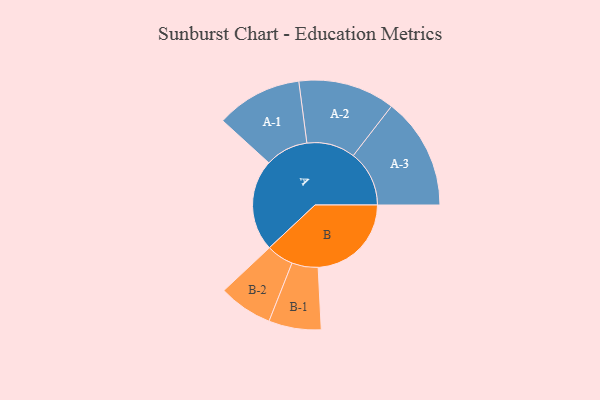
{"axis": {"x": "Segment", "y": "Value"}, "legend": ["", "A", "B"], "data": [{"x": "A", "y": 437, "type": ""}, {"x": "B", "y": 445, "type": ""}, {"x": "A-1", "y": 205, "type": "A"}, {"x": "A-2", "y": 231, "type": "A"}, {"x": "A-3", "y": 267, "type": "A"}, {"x": "B-1", "y": 125, "type": "B"}, {"x": "B-2", "y": 129, "type": "B"}]}